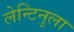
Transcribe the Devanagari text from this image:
लेन्टिनुला